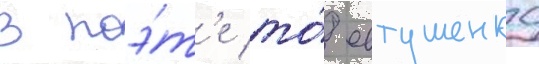
в поэ́т'е то́ евтушенко